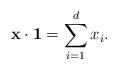
LaTeX: \begin{align*}\mathbf{x} \cdot \mathbf{1} = \sum_{i=1}^d x_i.\end{align*}